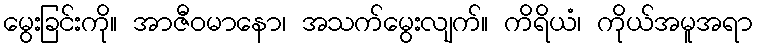
မွေးခြင်းကို။ အာဇီဝမာနော၊ အသက်မွေးလျက်။ ကိရိယံ၊ ကိုယ်အမူအရာ